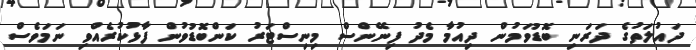
ދައުލަތުގެ ދަރަނި ބޮޑުވަމުން ދިއުމާ މެދު ފިނޭންސް މިނިސްޓަރު ކަންބޮޑުވުން ފާޅުކުރެއްވި ނަމަވެސް